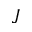
J